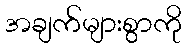
အချက်များစွာကို